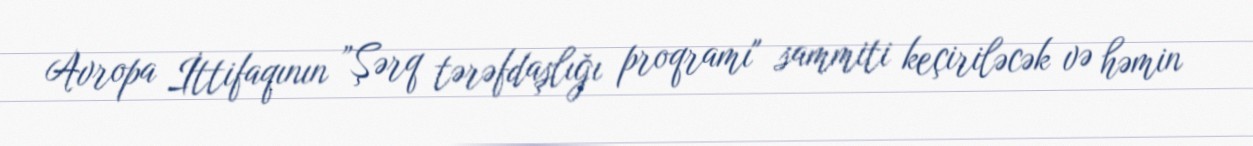
Avropa İttifaqının ”Şərq tərəfdaşlığı proqramı" sammiti keçiriləcək və həmin